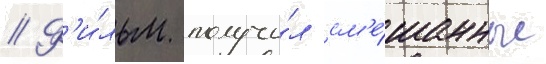
// Ф'и́льм получи́л см'е́шанные